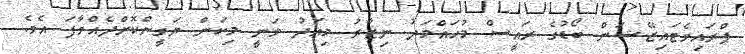
ޕްރައިވެޓައިޒޭޝަން ބޯޑުގެ ރައީސް މުހައްމަދު ނިޒާރު މިއަދު ވަނީ މިކަން ޔަގީންކޮށްދެއްވާފަ އެވެ.